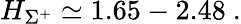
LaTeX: H_{\Sigma^{+}}\simeq 1.65-2.48\ .